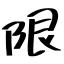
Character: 限